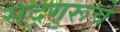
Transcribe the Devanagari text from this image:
सद्‌गुरूचे